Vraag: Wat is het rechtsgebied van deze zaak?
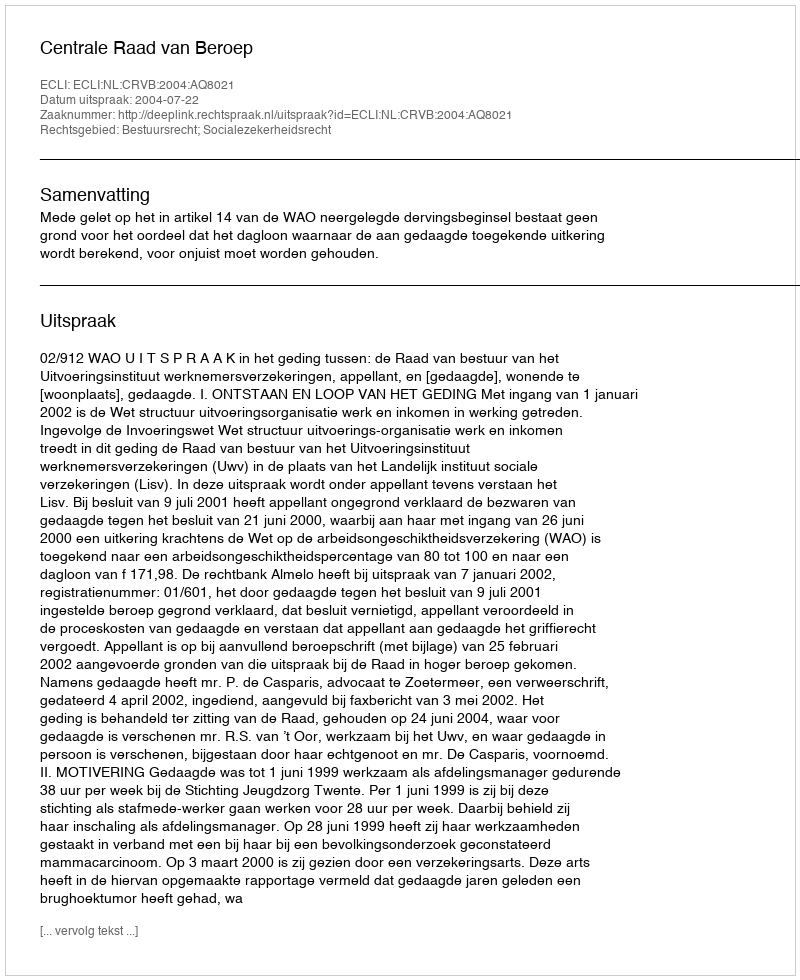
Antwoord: Bestuursrecht; Socialezekerheidsrecht